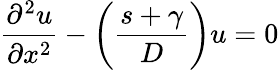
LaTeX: \frac{\partial^{2}u}{\partial x^{2}}-\left(\frac{s+\gamma}{D}\right)u=0